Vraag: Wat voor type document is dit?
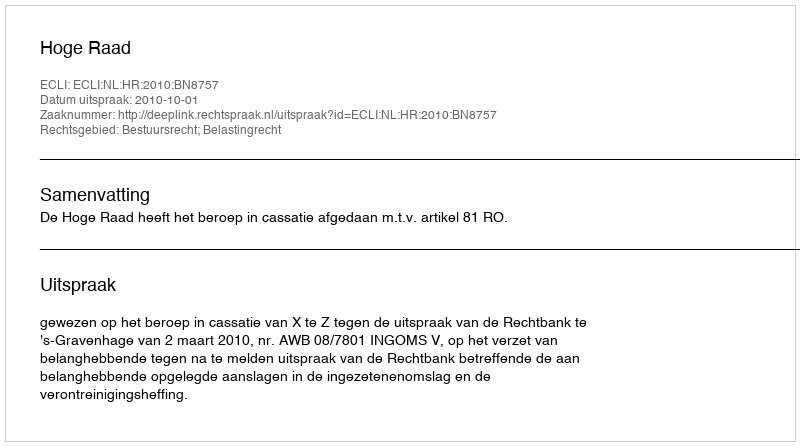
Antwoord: Uitspraak